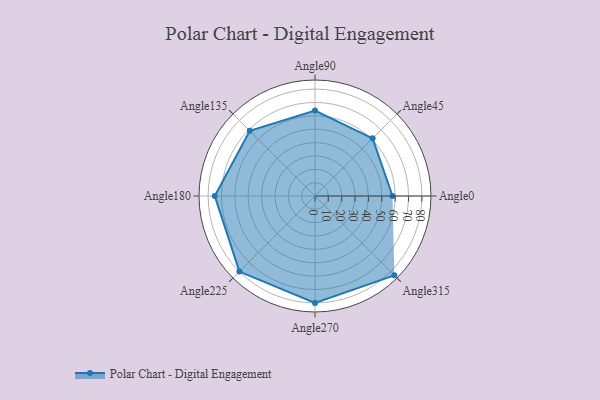
{"axis": {"x": "Angle", "y": "Radius"}, "legend": [""], "data": [{"x": "Angle0", "y": 58.0, "type": ""}, {"x": "Angle45", "y": 61.0, "type": ""}, {"x": "Angle90", "y": 64.0, "type": ""}, {"x": "Angle135", "y": 69.0, "type": ""}, {"x": "Angle180", "y": 75.0, "type": ""}, {"x": "Angle225", "y": 80.0, "type": ""}, {"x": "Angle270", "y": 80.0, "type": ""}, {"x": "Angle315", "y": 84.0, "type": ""}]}